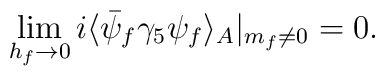
\lim_{h_f\rightarrow 0} i \langle \bar\psi_f\gamma_5 \psi_f \rangle_A|_{m_f\ne 0} = 0.